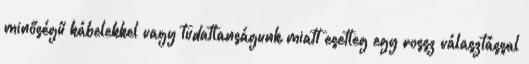
minőségű kábelekkel vagy tudatlanságunk miatt esetleg egy rossz választással